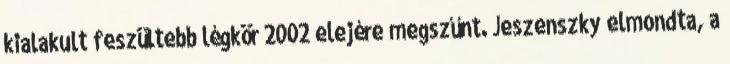
kialakult feszültebb légkör 2002 elejére megszűnt. Jeszenszky elmondta, a